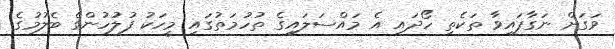
ވަގަށް ނަގާފައިވާ ތަކެތި ހޯދައި އެ މައްސަލައިގެ ތުހުމަތުގައި މީހަކު ފުލުހުންގެ ބެލުމުގެ